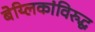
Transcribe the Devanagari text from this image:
बेय्लिकांविरुद्ध